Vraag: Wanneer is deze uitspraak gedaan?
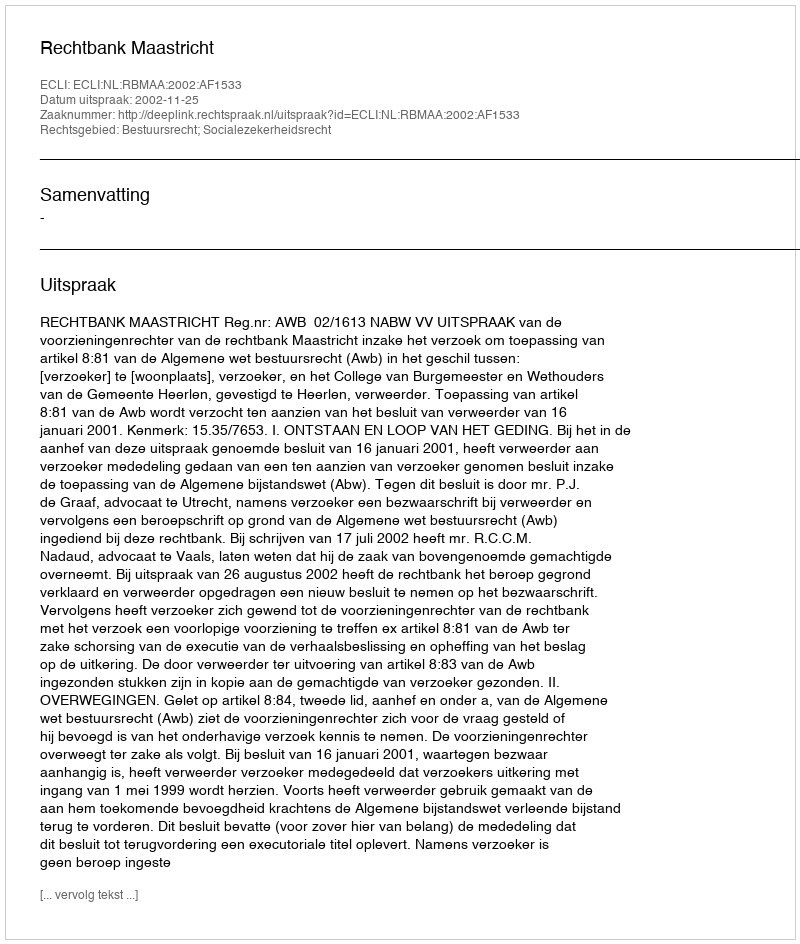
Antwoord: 2002-11-25